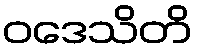
ဝဒေသိတိ